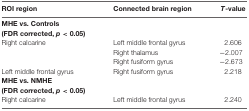
| ROI region | Connected brain region | T-value |
 | --- | --- | --- |
 | MHE vs. Controls |  |  |
 | (FDR corrected, p < 0.05) |  |  |
 | Right calcarine | Left middle frontal gyrus | 2.606 |
 |  | Right thalamus | −2.007 |
 |  | Right fusiform gyrus | −2.673 |
 | Left middle frontal gyrus | Right fusiform gyrus | 2.218 |
 | MHE vs. NMHE |  |  |
 | (FDR corrected, p < 0.05) |  |  |
 | Right calcarine | Left middle frontal gyrus | 2.240 |